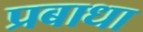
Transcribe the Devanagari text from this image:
प्रबाधा